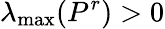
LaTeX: \lambda_{\operatorname*{max}}(P^{r})>0